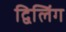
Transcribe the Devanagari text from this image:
द्विलिंग